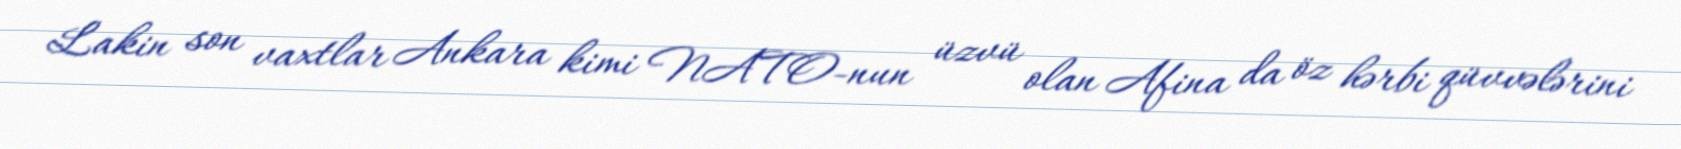
Lakin son vaxtlar Ankara kimi NATO-nun üzvü olan Afina da öz hərbi qüvvələrini